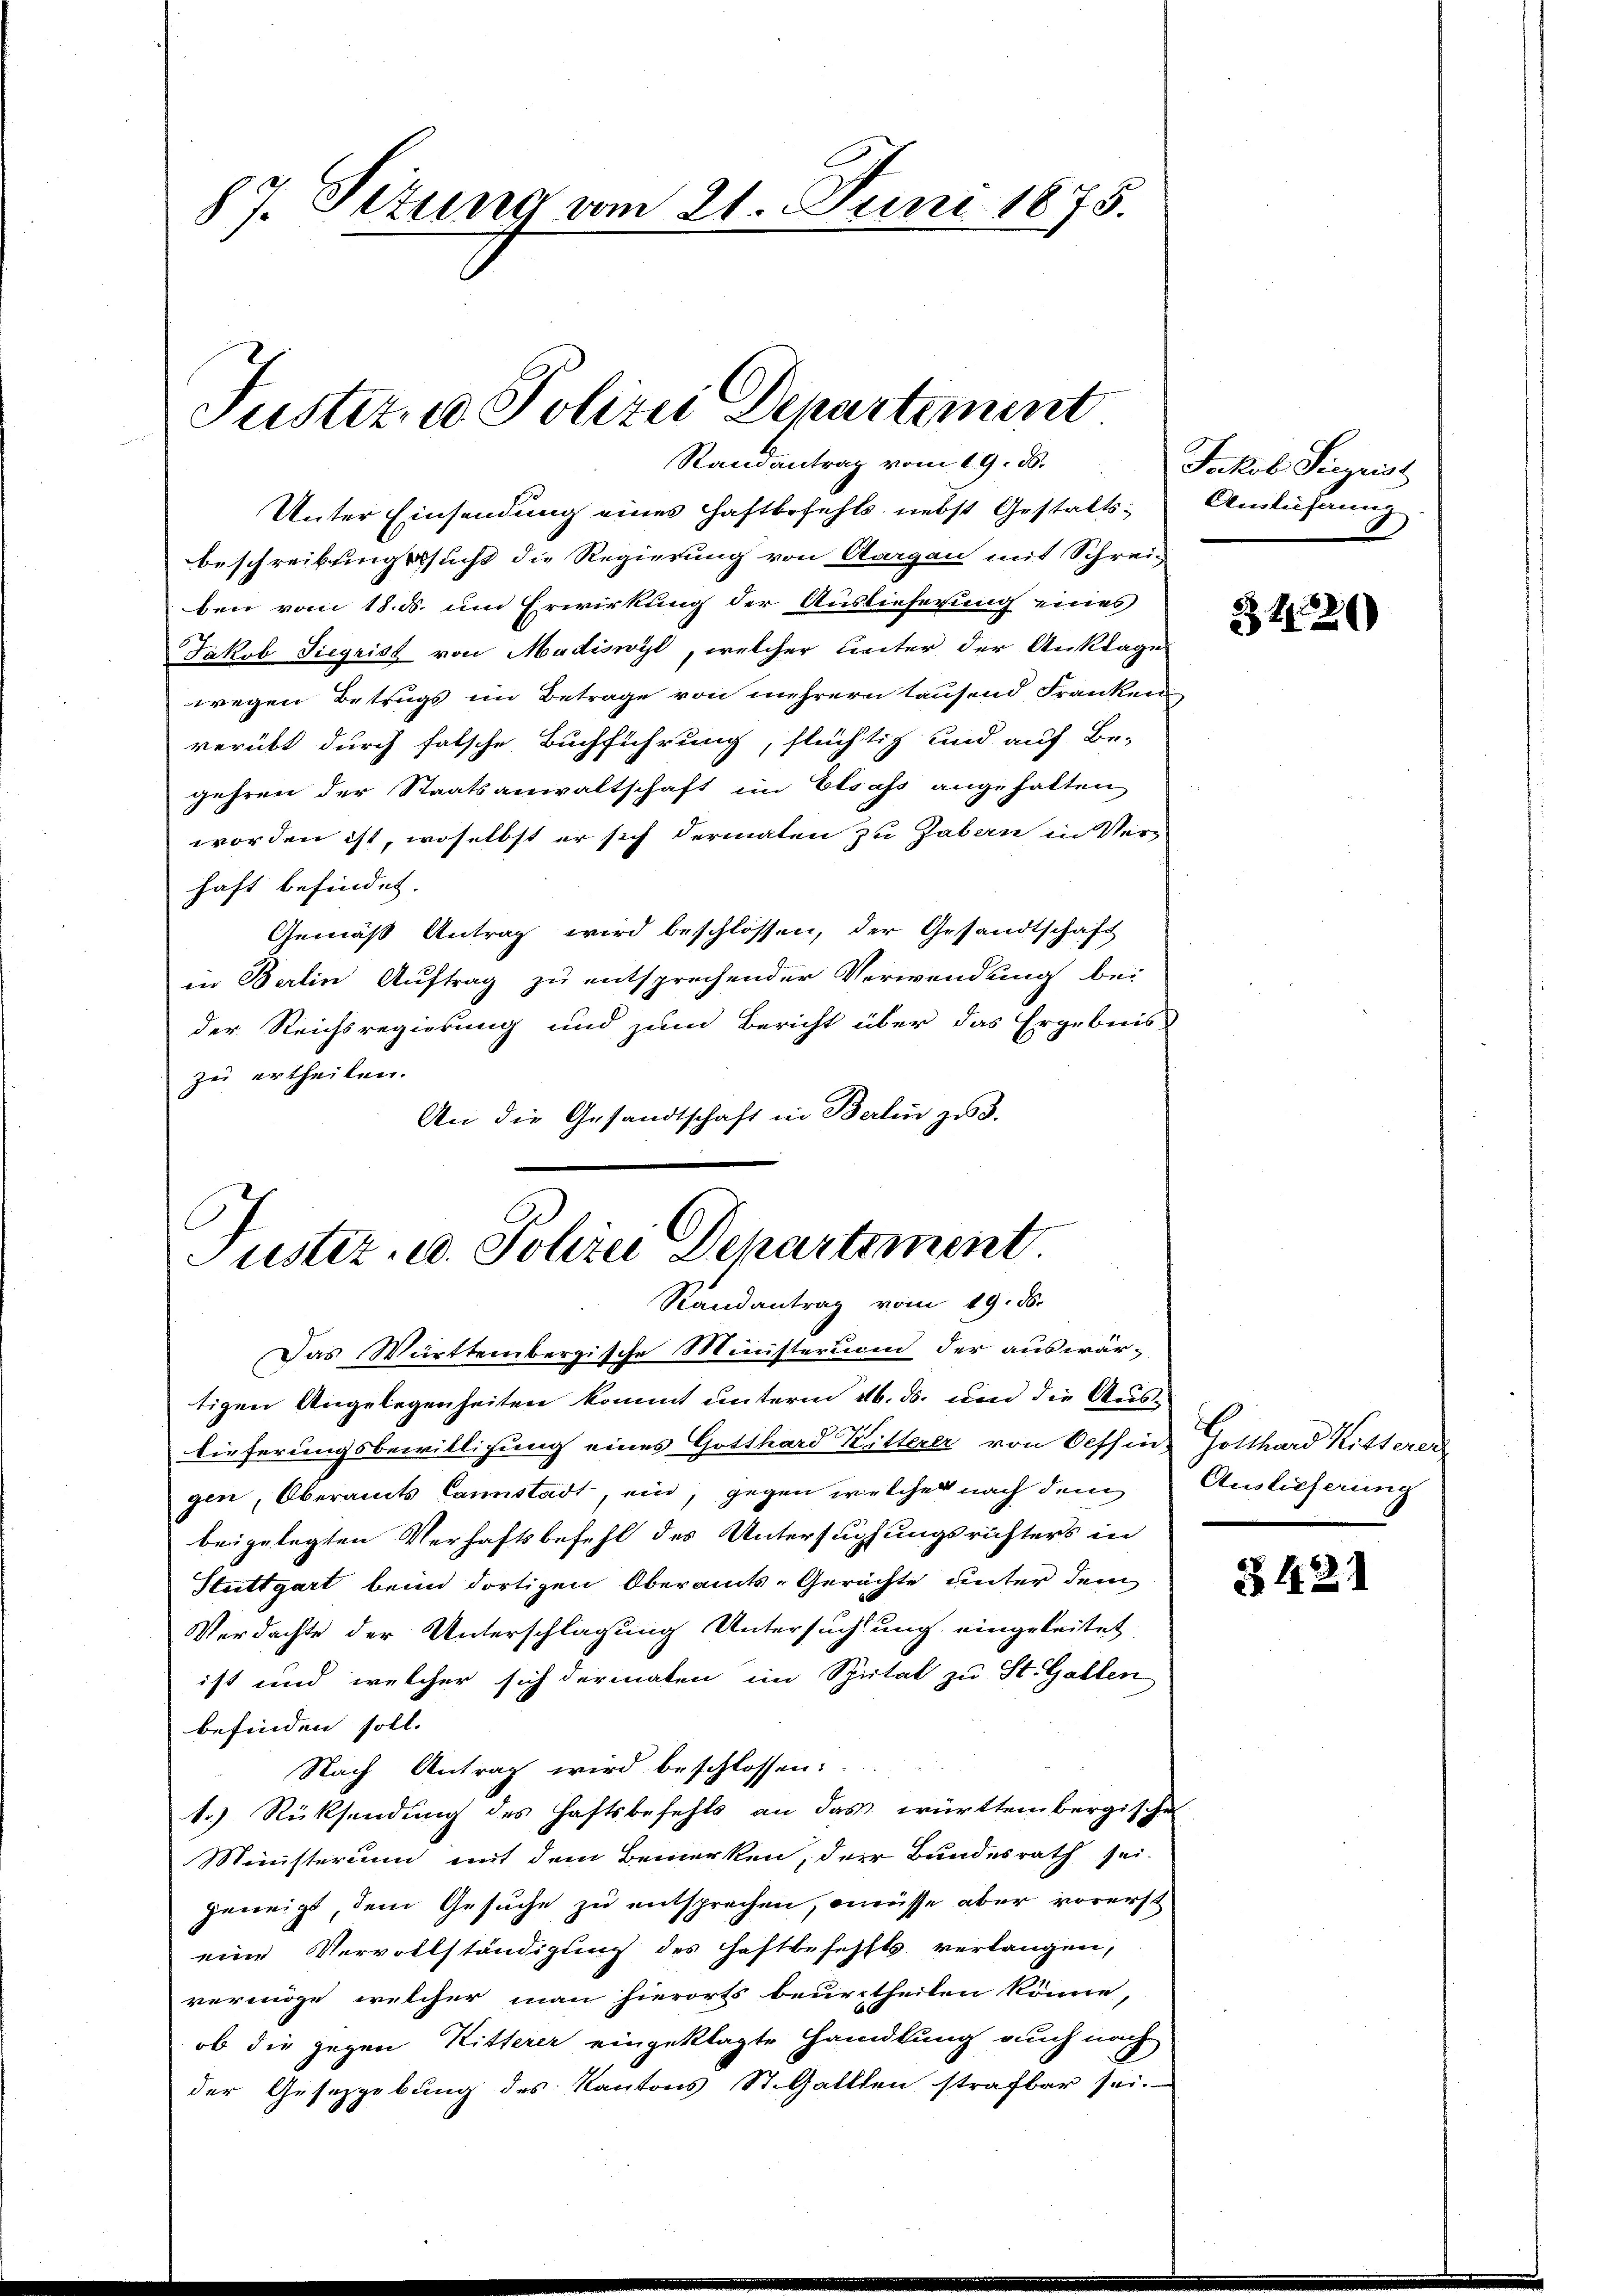
87. Situng vom 21. Juni 1875.

Justiz, u. Polizei Departement
Randantrag vom 19. ds.

Unter Einsendung eines Haftbefehls, nebst Gestaltsbeschreibungssucht die Regierung von Aargau mit Schrei-
ben vom 18. ds. um Erwirkung der Auslieferung eines
Jakob Siegrist von Mudiswyl, welcher Leiter der Anklage
wegen Betrugs im Betrage von mehrern tausend Franken,
verübt durch falsche Buchführung, flüchtig und auf Be-
gehren der Staatsanwaltschaft im Elsass angehalten
worden ist, woselbst er sich dermaten zu haben in Verhaft befindet.
Gemäß Antrag wird beschlossen, der Gesandtschaft
in Berlin Auftrag zu entsprechender Verwendung bei
der Reichsregierung und zum Bericht über das Ergebnis
zu ertheilen.
An die Gesandtschaft in Berlin zu 3.

Justiz- u. Polizei Departement
Randantrag vom 19. ds.

Das Württembergische Ministerion der auswärtigen Angelegenheiten kommt unterm 26. ds. und die Auslieferungsbewilligung eines Gotthard Kitterer von Oessin, Gotthard Ritterer
gen, Oberamts Cannstadt, ein, gegen welcher nach dem Auslieferung
beigelegten Verhaftsbefehl des Untersuchungsrichters in
Stuttgart beim dortigen Oberamts-Gerächte unter dem
Verdachte der Unterschlagung Untersuchung eingeleitet,
ist und welcher sich dermalen im Spital zu St. Gallen
befinden soll.
Nach Antrag wird beschlossen:
1.) Rücksendung des haftsbefehls an das württembergischen
Ministerium mit dem Bemerken, der Bundesrath sei.
geneigt, dem Gesuche zu entsprechen, onüsse aber vorerst
eine Vervollständigung des Haftbefehlt verlangen,
vermöge, welcher man hierorts beurtheilen könne,
ob die gegen Ritterer eingeklagte Handlung auch nach
der Gesetzgebung des Kantons St. Galllen strafbar sei.

Jakob Sigrist
Anlehnung

Z 1126

§ 421